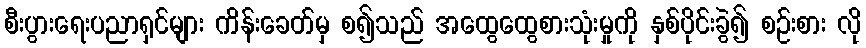
စီးပွားရေးပညာရှင်များ ကိန်းခေတ်မှ စ၍သည် အထွေထွေစားသုံးမှုကို နှစ်ပိုင်းခွဲ၍ စဉ်းစား လို